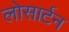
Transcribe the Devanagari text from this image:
लोसार्टन